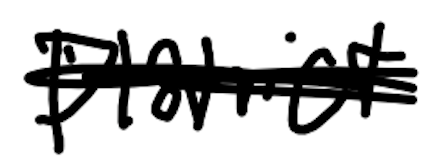
Text: District
Cross-out: scratch
Writing tool: digital_black